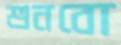
শুনবো